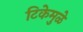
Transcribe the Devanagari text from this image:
टिकेमुळे